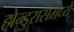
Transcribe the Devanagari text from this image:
होन्डुरासमध्ये